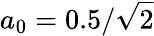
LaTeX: a_{0}=0.5/\sqrt{2}